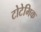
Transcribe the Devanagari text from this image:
टोटेमिक